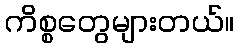
ကိစ္စတွေများတယ်။